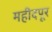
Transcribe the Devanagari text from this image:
महीदपूर